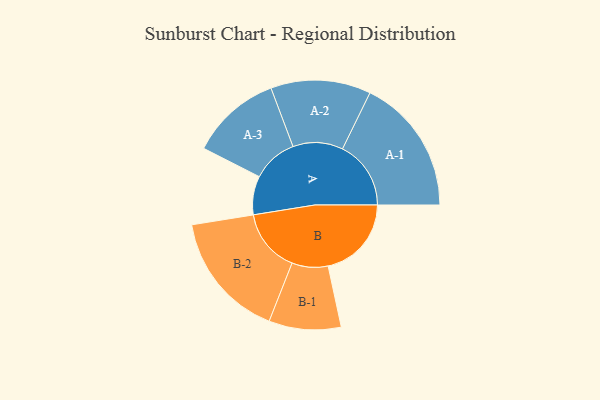
{"axis": {"x": "Segment", "y": "Value"}, "legend": ["", "A", "B"], "data": [{"x": "A", "y": 166, "type": ""}, {"x": "B", "y": 358, "type": ""}, {"x": "A-1", "y": 294, "type": "A"}, {"x": "A-2", "y": 215, "type": "A"}, {"x": "A-3", "y": 195, "type": "A"}, {"x": "B-1", "y": 155, "type": "B"}, {"x": "B-2", "y": 273, "type": "B"}]}